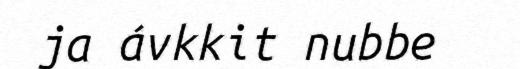
ja ávkkit nubbe